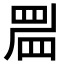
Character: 𥆞